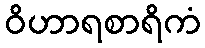
ဝိဟာရစာရိကံ